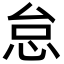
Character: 怠